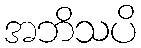
အဘိသပိ